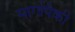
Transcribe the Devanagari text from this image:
मार्गापैकी